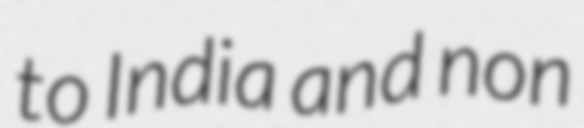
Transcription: to India and non